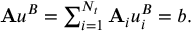
\begin{array} { r } { \mathbf { A } \boldsymbol { u } ^ { B } = \sum _ { i = 1 } ^ { N _ { t } } \mathbf { A } _ { i } \boldsymbol { u } _ { i } ^ { B } = \boldsymbol { b } . } \end{array}